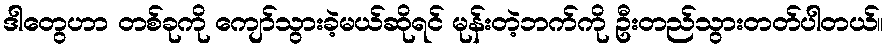
ဒါတွေဟာ တစ်ခုကို ကျော်သွားခဲ့မယ်ဆိုရင် မုန်းတဲ့ဘက်ကို ဦးတည်သွားတတ်ပါတယ်။